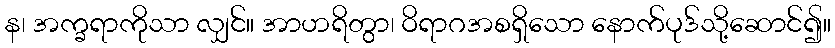
န၊ အက္ခရာကိုသာ လျှင်။ အာဟရိတွာ၊ ဝိရာဂအစရှိသော နောက်ပုဒ်သို့ဆောင်၍။